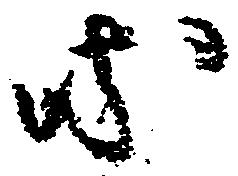
等